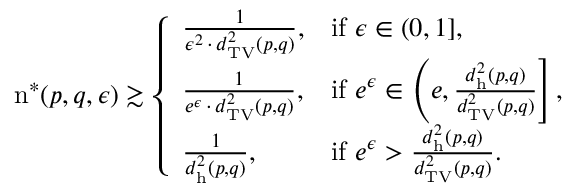
\begin{array} { r } { \mathrm { n } ^ { * } ( p , q , \epsilon ) \gtrsim \left\{ \begin{array} { l l } { \frac { 1 } { \epsilon ^ { 2 } \, \cdot \, d _ { \mathrm { T V } } ^ { 2 } ( p , q ) } , } & { \mathrm { i f ~ } \epsilon \in ( 0 , 1 ] , } \\ { \frac { 1 } { e ^ { \epsilon } \, \cdot \, d _ { \mathrm { T V } } ^ { 2 } ( p , q ) } , } & { \mathrm { i f ~ } e ^ { \epsilon } \in \left( e , \frac { d _ { \mathrm { h } } ^ { 2 } ( p , q ) } { d _ { \mathrm { T V } } ^ { 2 } ( p , q ) } \right] , } \\ { \frac { 1 } { d _ { \mathrm { h } } ^ { 2 } ( p , q ) } , } & { \mathrm { i f ~ } e ^ { \epsilon } > \frac { d _ { \mathrm { h } } ^ { 2 } ( p , q ) } { d _ { \mathrm { T V } } ^ { 2 } ( p , q ) } . } \end{array} \right. } \end{array}